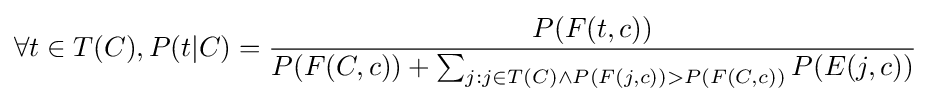
\forall t\in T(C),P(t|C)={\frac {P(F(t,c))}{P(F(C,c))+\sum _{j:j\in T(C)\land P(F(j,c))>P(F(C,c))}P(E(j,c))}}